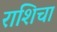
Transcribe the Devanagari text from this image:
राशिचा